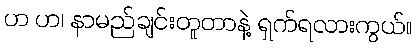
ဟ ဟ၊ နာမည်ချင်းတူတာနဲ့ ရှက်ရလားကွယ်။